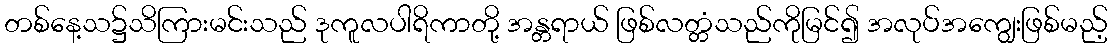
တစ်နေ့သ၌သိကြားမင်းသည် ဒုကူလပါရိကာတို့ အန္တရာယ် ဖြစ်လတ္တံသည်ကိုမြင်၍ အလုပ်အကျွေးဖြစ်မည့်